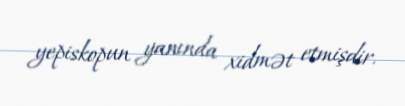
yepiskopun yanında xidmət etmişdir.